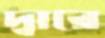
দ্বারে